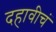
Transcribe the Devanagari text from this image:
दहावीचं